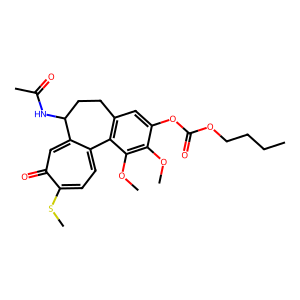
SMILES: CCCCOC(=O)Oc1cc2c(c(OC)c1OC)-c1ccc(SC)c(=O)cc1C(NC(C)=O)CC2
Inhibits HIV replication: No